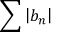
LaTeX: \sum \left\vert b _ { n } \right\vert